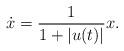
LaTeX: \begin{align*}\dot{x} = \frac{1}{1+|u(t)|} x.\end{align*}